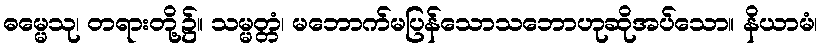
ဓမ္မေသု၊ တရားတို့၌။ သမ္မတ္တံ၊ မဘောက်မပြန်သောသဘောဟုဆိုအပ်သော။ နိယာမံ၊